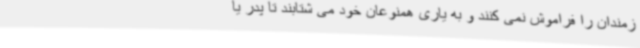
زمندان را فراموش نمی کنند و به یاری همنوعان خود می شتابند تا پدر یا